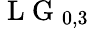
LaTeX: \mathrm{~L~G~}_{0,3}